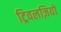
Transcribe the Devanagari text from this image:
ट्रिवलज़ियो